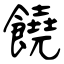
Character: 饒